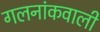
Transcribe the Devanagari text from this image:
गलनांकवाली